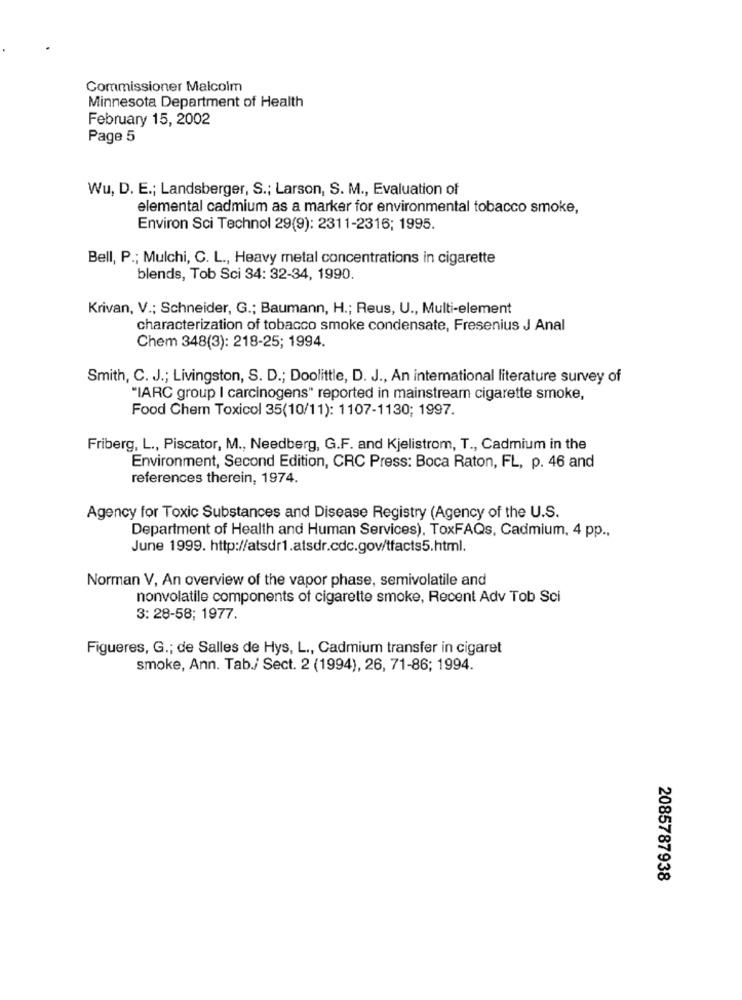
Commissioner Malcolm
Minnesota Department of Health
February 15, 2002
Page 5
Wu, D. E .; Landsberger, S .; Larson, S. M ., Evaluation of
elemental cadmium as a marker for environmental tobacco smoke,
Environ Sci Technol 29(9): 2311-2316; 1995.
Bell, P .; Mulchi, C. L ., Heavy metal concentrations in cigarette
blends, Tob Sci 34: 32-34, 1990.
Krivan, V .; Schneider, G .; Baumann, H .; Reus, U ., Multi-element
characterization of tobacco smoke condensate, Fresenius J Anal
Chem 348(3): 218-25; 1994.
Smith, C. J .; Livingston, S. D .; Doolittle, D. J ., An international literature survey of
"IARC group I carcinogens" reported in mainstream cigarette smoke,
Food Chem Toxicol 35(10/11): 1107-1130; 1997.
Friberg, L ., Piscator, M ., Needberg, G.F. and Kjelistrom, T ., Cadmium in the
Environment, Second Edition, CRC Press: Boca Raton, FL, p. 46 and
references therein, 1974.
Agency for Toxic Substances and Disease Registry (Agency of the U.S.
Department of Health and Human Services), ToxFAQs, Cadmium, 4 pp .,
June 1999. http://atsdr1.atsdr.cdc.gov/tfacts5.html.
Norman V, An overview of the vapor phase, semivolatile and
nonvolatile components of cigarette smoke, Recent Adv Tob Sci
3: 28-58; 1977.
Figueres, G .; de Salles de Hys, L ., Cadmium transfer in cigaret
smoke, Ann. Tab./ Sect. 2 (1994), 26, 71-86; 1994.
2085787938